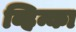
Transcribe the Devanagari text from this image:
व्हिन्का